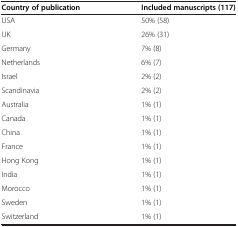
<table><thead><tr><td><b>Country of publication</b></td><td><b>Included manuscripts (117)</b></td></tr></thead><tbody><tr><td>USA</td><td>50% (58)</td></tr><tr><td>UK</td><td>26% (31)</td></tr><tr><td>Germany</td><td>7% (8)</td></tr><tr><td>Netherlands</td><td>6% (7)</td></tr><tr><td>Israel</td><td>2% (2)</td></tr><tr><td>Scandinavia</td><td>2% (2)</td></tr><tr><td>Australia</td><td>1% (1)</td></tr><tr><td>Canada</td><td>1% (1)</td></tr><tr><td>China</td><td>1% (1)</td></tr><tr><td>France</td><td>1% (1)</td></tr><tr><td>Hong Kong</td><td>1% (1)</td></tr><tr><td>India</td><td>1% (1)</td></tr><tr><td>Morocco</td><td>1% (1)</td></tr><tr><td>Sweden</td><td>1% (1)</td></tr><tr><td>Switzerland</td><td>1% (1)</td></tr></tbody></table>